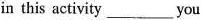
in this activity___you